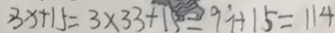
3 x + 1 5 = 3 \times 3 3 + 1 5 = 9 9 + 1 5 = 1 1 4